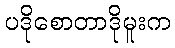
ပဒိုစောတာဒိုမူးက